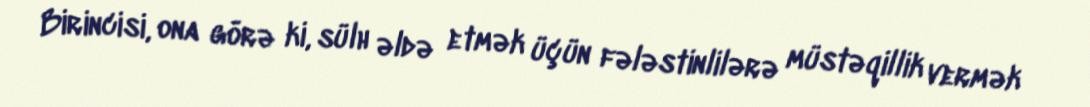
Birincisi, ona görə ki, sülh əldə etmək üçün fələstinlilərə müstəqillik vermək